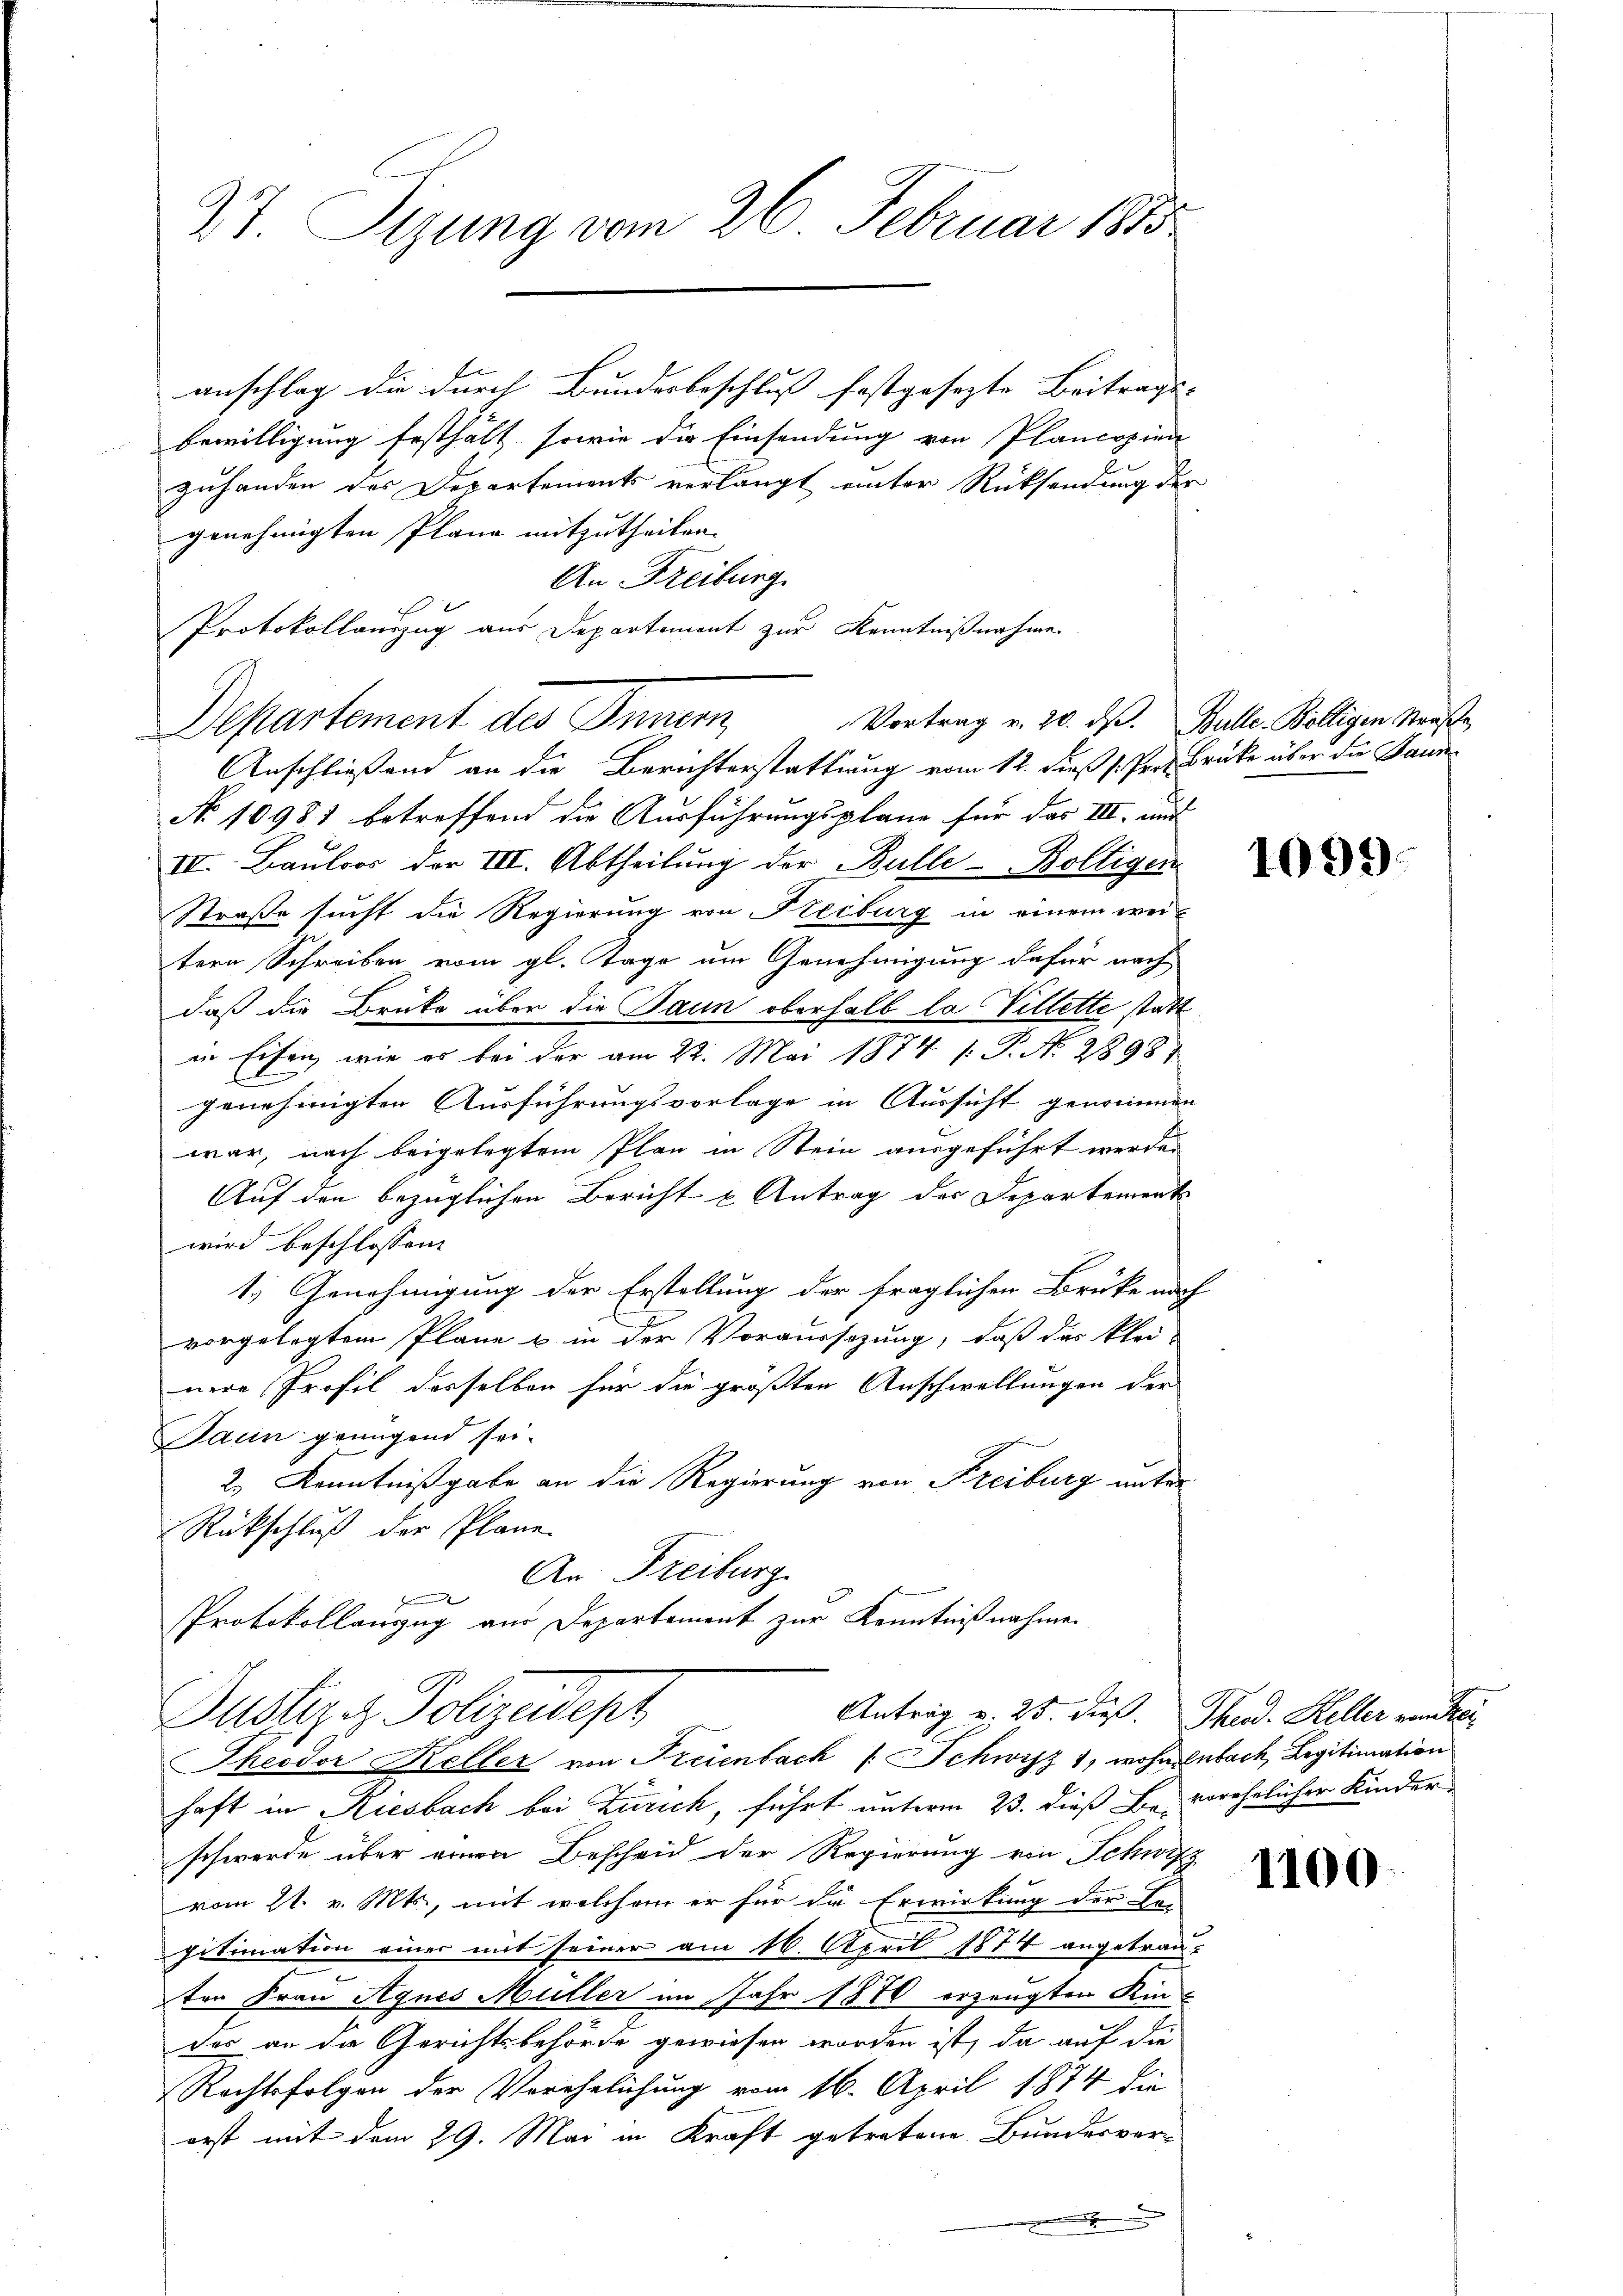
27. Sizung vom 26. Februar 1815

anschlag die durch Bundesbeschluß festgesezte Beitrags- |
bewilligung festhält, sowie die Einsendung von Plancopien
zuhanden des Departements verlangt unter Rücksendung der
genehmigten Plana mitzutheilen. |
An Freiburg.
Protokollauszug aus Departement zur Kenntnißnahme.
Departement des Innern Vortrag v. 20. ds. Balle. Belligen Maasse
Anschließend an die Berichterstattung vom 12. dieß s. Prof Brücke über die Baum
No 10981 betreffend die Ausführungsplane für das III. und
III. Bauloos der III. Abtheilung der Bulle-Boltigen
Straße sucht die Regierung von Freiburg in einem weitern Schreiben vom gl. Tage um Genehmigung dafür nach
daß die Brüke über die Jaun oberhalb la Villette stattin Eisen, wie es bei der am 22. Mai 1874 /: P. N. 28987
genehmigten Ausführungsvorlage in Aussicht genommen
war, nach beigelegtem Plan in Stein ausgeführt werde.
Auf den bezüglichen Bericht u Antrag der Departement
wird beschlossen:
1.) Genehmigung der Erstellung der fraglichen Brüke nach
vorgelegtem Plane u. in der Voraussezung, daß das klei-
nere Profil desselben für die größten Anschwellungen der
Jaun genügend sei.
2) Kenntnißgabe an die Regierung von Freiburg unter
Rückschluß der Plane.
An Freiburg
2
Protokollanzug aus Departement zur Kenntnißnahmen
Antrag v. 25. dieß. Theod. Keller von Prei
Justiz & Polizeidept
Theodor Keller von Freienbach Schwyz 1, wohnenbach Legitimation
haft in Riesbach bei Zürich, führt unterm 23. dieß Be. verehrlicher Kinder
schwerde über einen Bescheid der Regierung von Schwifz
vom 21. v. Mts., mit welchem er für die Erwirkung der Be-
gitimation einer mit seiner am 16. April 1874 angetrauten Frau Agnes Müller im Jahr 1876 erzeugten Kin-
der an die Gerichtsbehörde gewiesen worden ist, da auf die
Rechtsfolgen der Verehelichung vom 16. April 1874 die
erst mit dem 29. Mai in Kraft getretene Bundesver¬
.

1099.

1100.